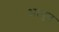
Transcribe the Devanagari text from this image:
अत्युच